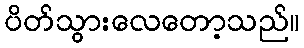
ပိတ်သွားလေတော့သည်။